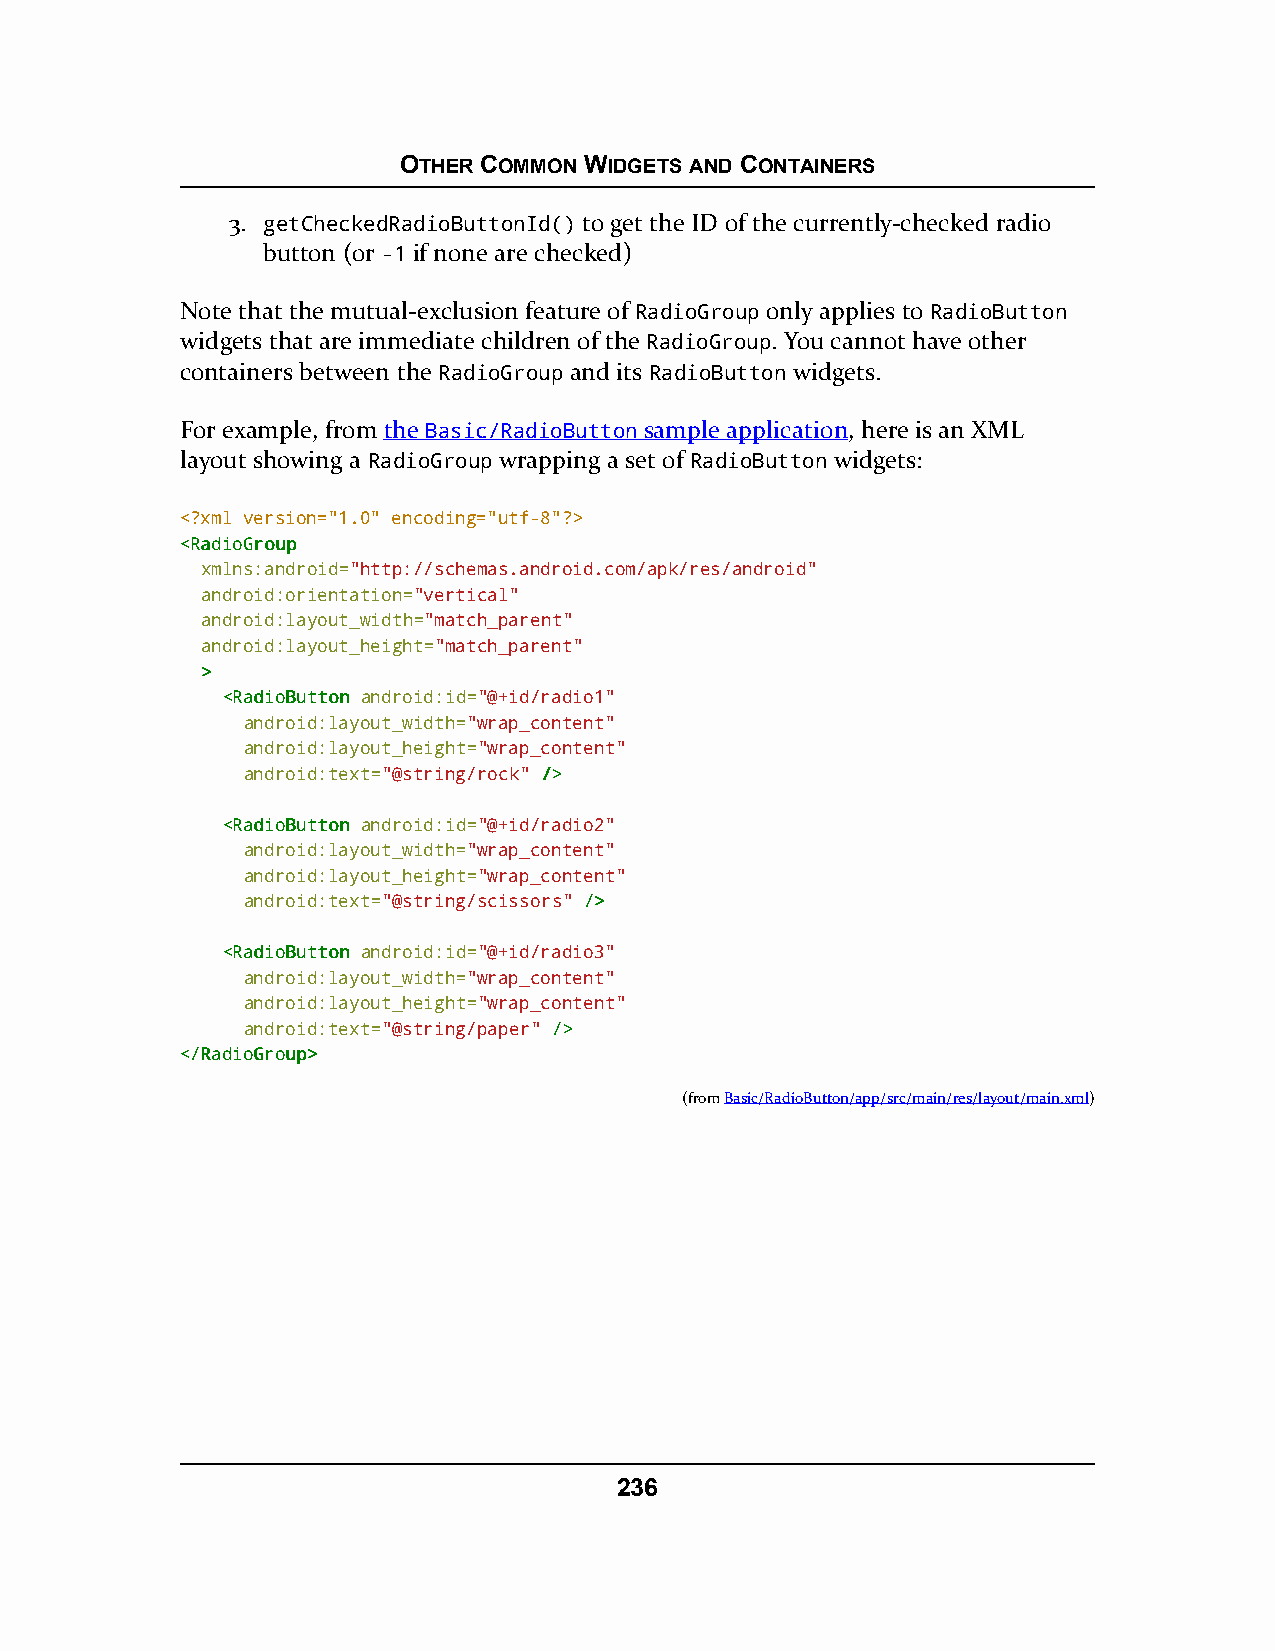
OTHER COMMON WIDGETS AND CONTAINERS
 3. getCheckedRadioButtonId() to get the ID of the currently-checked radio
 button (or -1 if none are checked)
 Note that the mutual-exclusion feature of RadioGroup only applies to RadioButton
 widgets that are immediate children of the RadioGroup. You cannot have other
 containers between the RadioGroup and its RadioButton widgets.
 For example, from the Basic/RadioButton sample application, here is an XML
 layout showing a RadioGroup wrapping a set of RadioButton widgets:
 <?xml version="1.0" encoding="utf-8"?>
 <<RRaaddiiooGGrroouupp
 xmlns:android="http://schemas.android.com/apk/res/android"
 android:orientation="vertical"
 android:layout_width="match_parent"
 android:layout_height="match_parent"
 >>
 <<RRaaddiiooBBuuttttoonn android:id="@+id/radio1"
 android:layout_width="wrap_content"
 android:layout_height="wrap_content"
 android:text="@string/rock" //>>
 <<RRaaddiiooBBuuttttoonn android:id="@+id/radio2"
 android:layout_width="wrap_content"
 android:layout_height="wrap_content"
 android:text="@string/scissors" //>>
 <<RRaaddiiooBBuuttttoonn android:id="@+id/radio3"
 android:layout_width="wrap_content"
 android:layout_height="wrap_content"
 android:text="@string/paper" //>>
 <<//RRaaddiiooGGrroouupp>>
 (fromBasic/RadioButton/app/src/main/res/layout/main.xml)
 236